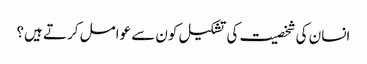
انسان کی شخصیت کی تشکیل کون سے عوامل کرتے ہیں؟